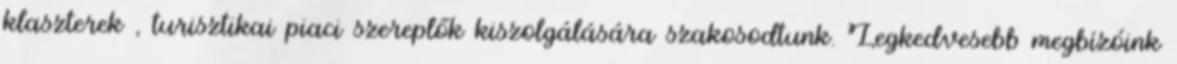
klaszterek , turisztikai piaci szereplők kiszolgálására szakosodtunk. Legkedvesebb megbízóink